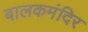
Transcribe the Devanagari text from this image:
बालकमंदिर